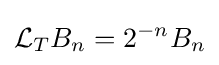
{\mathcal {L}}_{T}B_{n}=2^{-n}B_{n}